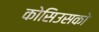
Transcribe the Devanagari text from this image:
कोसिउसको